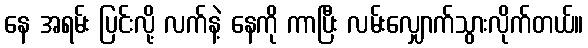
နေ အရမ်း ပြင်းလို့ လက်နဲ့ နေကို ကာပြီး လမ်းလျှောက်သွားလိုက်တယ်။